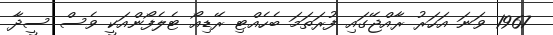
1967 ވަނަ އަހަރު ރާއްޖޭގައި ފުރަތަމަ ބެހެއްޓި ރޭޑިއޯ ޓެލެފޯންއަކީ ވެސް ސީދާ